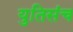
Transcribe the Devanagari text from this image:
युतिसंच